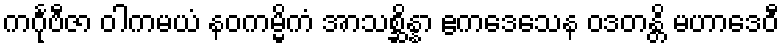
ကင်္ဂုဗီဇာ ဝါကမယံ နဝကမ္မိကံ အာသစ္ဆိန္နာ ဧကဒေသေန ဝဒတန္တိ မဟာဒေဝီ